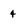
Character: 4